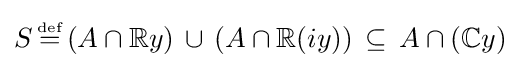
S\,{\stackrel {\scriptscriptstyle {\text{def}}}{=}}\,(A\cap \mathbb {R} y)\,\cup \,(A\cap \mathbb {R} (iy))\,\subseteq \,A\cap (\mathbb {C} y)